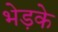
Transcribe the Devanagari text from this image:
भेड़के